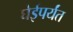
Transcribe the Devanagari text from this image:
घेईपर्यंत